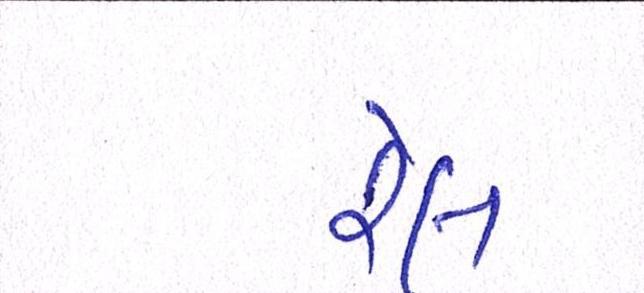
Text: રેલ